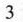
3